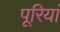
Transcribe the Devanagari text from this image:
पूरियां